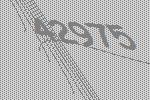
42975